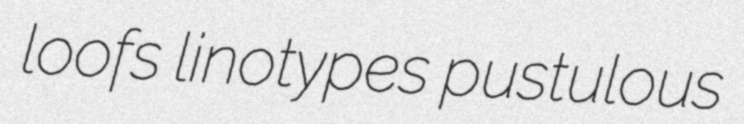
loofs linotypes pustulous